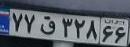
۷۷ق۳۲۸۶۶